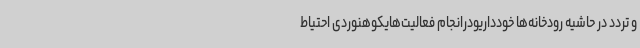
و تردد در حاشیه رودخانه‌ها خودداریودرانجام فعالیت‌هایکوهنوردی احتیاط